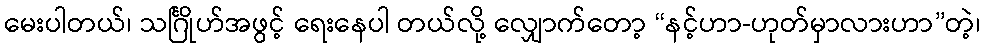
မေးပါတယ်၊ သင်္ဂြိုဟ်အဖွင့် ရေးနေပါ တယ်လို့ လျှောက်တော့ “နင့်ဟာ-ဟုတ်မှာလားဟာ”တဲ့၊